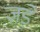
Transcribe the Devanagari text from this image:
ज़ड़े